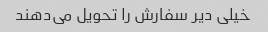
خیلی دیر سفارش را تحویل می‌دهند